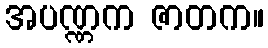
အပဏ္ဏက ဇာတက။